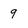
Character: 9